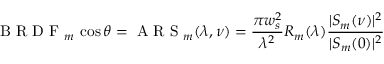
\mathrm { ~ B ~ R ~ D ~ F ~ } _ { m } \thinspace \cos \theta = \mathrm { ~ A ~ R ~ S ~ } _ { m } ( \lambda , \nu ) = \frac { \pi w _ { s } ^ { 2 } } { \lambda ^ { 2 } } R _ { m } ( \lambda ) \frac { | S _ { m } ( \nu ) | ^ { 2 } } { | S _ { m } ( 0 ) | ^ { 2 } }